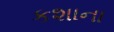
કશાના